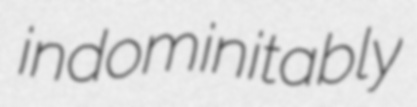
indominitably